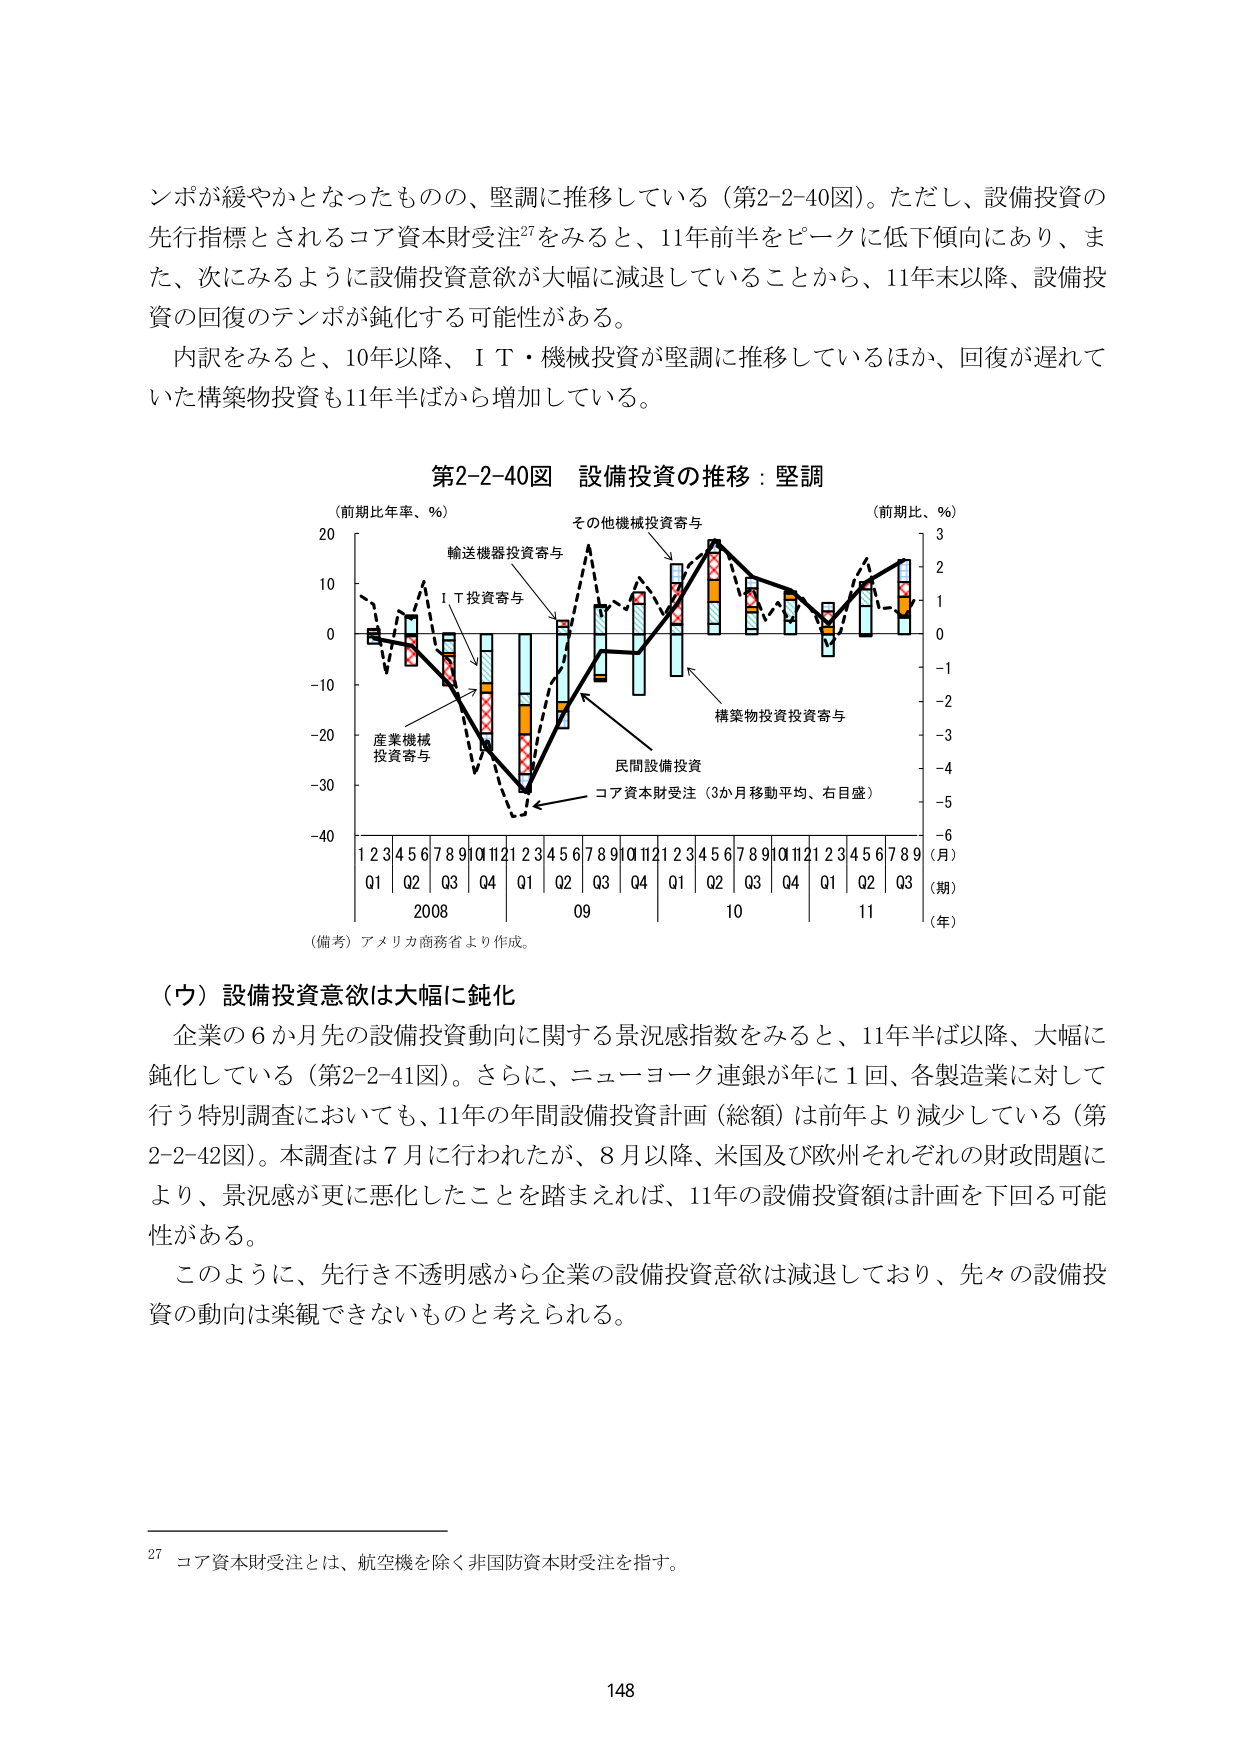
ンポが緩やかとなったものの、堅調に推移している（第2-2-40図）。ただし、設備投資の先行指標とされるコア資本財受注27をみると、11年前半をピークに低下傾向にあり、また、次にみるように設備投資意欲が大幅に減退していることから、11年末以降、設備投資の回復のテンポが鈍化する可能性がある。

内訳をみると、10年以降、ＩＴ・機械投資が堅調に推移しているほか、回復が遅れていた構築物投資も11年半ばから増加している。

第2-2-40図 設備投資の推移：堅調

（前期比年率、％）
20
10
0
-10
-20
-30
-40

（前期比、％）
3
2
1
0
-1
-2
-3
-4
-5
-6

輸送機器投資寄与
ＩＴ投資寄与
産業機械投資寄与
その他機械投資寄与
構築物投資投資寄与
民間設備投資
コア資本財受注（3か月移動平均、右目盛）

1 2 3 4 5 6 7 8 9 10 11 12 1 2 3 4 5 6 7 8 9 10 11 12 1 2 3 4 5 6 7 8 9
Q1 Q2 Q3 Q4 Q1 Q2 Q3 Q4 Q1 Q2 Q3 Q4 Q1 Q2 Q3 Q4 Q1 Q2 Q3
2008 09 10 11
（月）
（期）
（年）

（備考）アメリカ商務省より作成。

（ウ）設備投資意欲は大幅に鈍化

企業の6か月先の設備投資動向に関する景況感指数をみると、11年半ば以降、大幅に鈍化している（第2-2-41図）。さらに、ニューヨーク連銀が年に1回、各製造業に対して行う特別調査においても、11年の年間設備投資計画（総額）は前年より減少している（第2-2-42図）。本調査は7月に行われたが、8月以降、米国及び欧州それぞれの財政問題により、景況感が更に悪化したことを踏まえれば、11年の設備投資額は計画を下回る可能性がある。

このように、先行き不透明感から企業の設備投資意欲は減退しており、先々の設備投資の動向は楽観できないものと考えられる。

27 コア資本財受注とは、航空機を除く非国防資本財受注を指す。

148